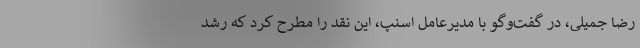
رضا جمیلی، در گفت‌وگو با مدیرعامل اسنپ، این نقد را مطرح کرد که رشد